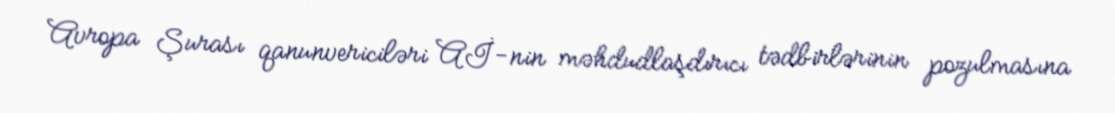
Avropa Şurası qanunvericiləri Aİ-nin məhdudlaşdırıcı tədbirlərinin pozulmasına